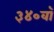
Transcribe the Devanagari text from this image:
३४०वॉ